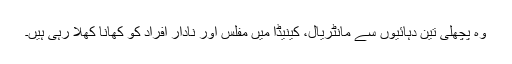
وہ پچھلی تین دہائیوں سے مانٹریال، کینیڈا میں مفلس اور نادار افراد کو کھانا کھلا رہی ہیں۔